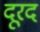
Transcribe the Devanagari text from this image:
दूरद